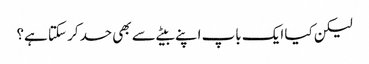
لیکن کیا ایک باپ اپنے بیٹے سے بھی حسد کر سکتا ہے؟